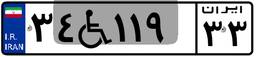
۳۴W۱۱۹۳۳